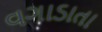
વગાડાતા